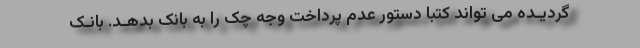
گردیـده می تواند کتبا دستور عدم پرداخت وجه چک را به بانک بدهـد. بانـک